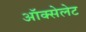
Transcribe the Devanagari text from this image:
ऑक्सेलेट